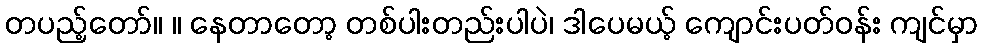
တပည့်တော်။ ။ နေတာတော့ တစ်ပါးတည်းပါပဲ၊ ဒါပေမယ့် ကျောင်းပတ်ဝန်း ကျင်မှာ